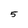
Character: 5